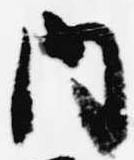
内